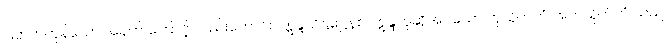
ပြတတ်ကုန်သော အနက် ကြောင့် လည်းကောင်း။ ဣန္ဒသိဋ္ဌဋ္ဌေနစ၊ ဣန္ဒဟုဆိုအပ်သော ကုသိုလ်ကံ အကုသိုလ်ကံ သည်